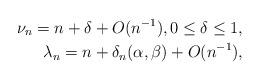
LaTeX: \begin{align*} {\nu _n} = n + \delta + O({n^{ - 1}}), 0 \le \delta \le 1,\\ {\lambda _n} = n + {\delta _n}(\alpha, \beta) + O({n^{ - 1}}),\end{align*}